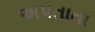
અપતાતા